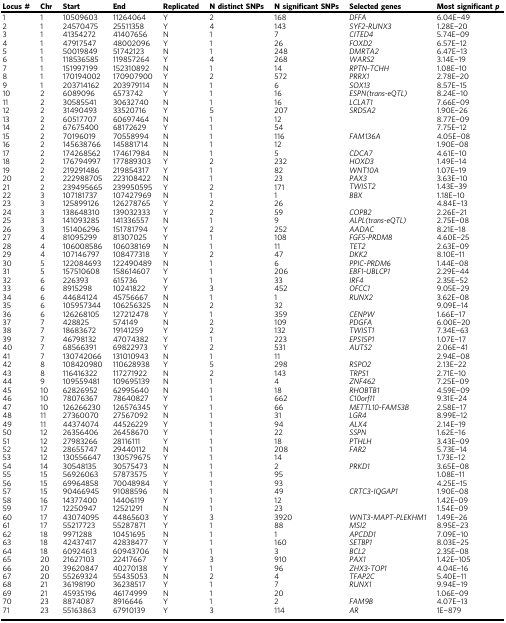
<table><thead><tr><td><b>Locus #</b></td><td><b>Chr</b></td><td><b>Start</b></td><td><b>End</b></td><td><b>Replicated</b></td><td><b>N distinct SNPs</b></td><td><b>N significant SNPs</b></td><td><b>Selected genes</b></td><td><b>Most significant <i>p</i></b></td></tr></thead><tbody><tr><td>1</td><td>1</td><td>10509603</td><td>11264064</td><td>Y</td><td>2</td><td>168</td><td><i>DFFA</i></td><td>6.04E−49</td></tr><tr><td>2</td><td>1</td><td>24570475</td><td>25511358</td><td>Y</td><td>4</td><td>143</td><td><i>SYF2-RUNX3</i></td><td>1.28E−20</td></tr><tr><td>3</td><td>1</td><td>41354272</td><td>41407656</td><td>N</td><td>1</td><td>7</td><td><i>CITED4</i></td><td>5.74E−09</td></tr><tr><td>4</td><td>1</td><td>47917547</td><td>48002096</td><td>Y</td><td>1</td><td>26</td><td><i>FOXD2</i></td><td>6.57E−12</td></tr><tr><td>5</td><td>1</td><td>50019849</td><td>51742123</td><td>N</td><td>1</td><td>248</td><td><i>DMRTA2</i></td><td>6.47E−13</td></tr><tr><td>6</td><td>1</td><td>118536585</td><td>119857264</td><td>Y</td><td>4</td><td>268</td><td><i>WARS2</i></td><td>3.14E−19</td></tr><tr><td>7</td><td>1</td><td>151997199</td><td>152310892</td><td>N</td><td>1</td><td>14</td><td><i>RPTN-TCHH</i></td><td>1.08E−10</td></tr><tr><td>8</td><td>1</td><td>170194002</td><td>170907900</td><td>Y</td><td>2</td><td>572</td><td><i>PRRX1</i></td><td>2.78E−20</td></tr><tr><td>9</td><td>1</td><td>203714162</td><td>203979114</td><td>N</td><td>1</td><td>6</td><td><i>SOX13</i></td><td>8.57E−15</td></tr><tr><td>10</td><td>2</td><td>6089096</td><td>6573742</td><td>Y</td><td>1</td><td>16</td><td><i>ESPN(trans-eQTL)</i></td><td>8.24E−10</td></tr><tr><td>11</td><td>2</td><td>30585541</td><td>30632740</td><td>N</td><td>1</td><td>16</td><td><i>LCLAT1</i></td><td>7.66E−09</td></tr><tr><td>12</td><td>2</td><td>31490493</td><td>33520716</td><td>Y</td><td>5</td><td>207</td><td><i>SRD5A2</i></td><td>1.90E−26</td></tr><tr><td>13</td><td>2</td><td>60517707</td><td>60697464</td><td>N</td><td>1</td><td>12</td><td></td><td>8.77E−09</td></tr><tr><td>14</td><td>2</td><td>67675400</td><td>68172629</td><td>Y</td><td>1</td><td>54</td><td></td><td>7.75E−12</td></tr><tr><td>15</td><td>2</td><td>70196019</td><td>70558994</td><td>N</td><td>1</td><td>116</td><td><i>FAM136A</i></td><td>4.05E−08</td></tr><tr><td>16</td><td>2</td><td>145638766</td><td>145881714</td><td>N</td><td>1</td><td>12</td><td></td><td>1.90E−08</td></tr><tr><td>17</td><td>2</td><td>174268562</td><td>174617984</td><td>N</td><td>1</td><td>5</td><td><i>CDCA7</i></td><td>4.61E−10</td></tr><tr><td>18</td><td>2</td><td>176794997</td><td>177889303</td><td>Y</td><td>2</td><td>232</td><td><i>HOXD3</i></td><td>1.49E−14</td></tr><tr><td>19</td><td>2</td><td>219291486</td><td>219854317</td><td>Y</td><td>1</td><td>82</td><td><i>WNT10A</i></td><td>1.07E−19</td></tr><tr><td>20</td><td>2</td><td>222988705</td><td>223108422</td><td>N</td><td>1</td><td>23</td><td><i>PAX3</i></td><td>3.63E−10</td></tr><tr><td>21</td><td>2</td><td>239495665</td><td>239950595</td><td>Y</td><td>2</td><td>171</td><td><i>TWIST2</i></td><td>1.43E−39</td></tr><tr><td>22</td><td>3</td><td>107181737</td><td>107427969</td><td>N</td><td>1</td><td>1</td><td><i>BBX</i></td><td>1.18E−10</td></tr><tr><td>23</td><td>3</td><td>125899126</td><td>126278765</td><td>Y</td><td>2</td><td>26</td><td></td><td>4.84E−13</td></tr><tr><td>24</td><td>3</td><td>138648310</td><td>139032333</td><td>Y</td><td>2</td><td>59</td><td><i>COPB2</i></td><td>2.26E−21</td></tr><tr><td>25</td><td>3</td><td>141093285</td><td>141336557</td><td>N</td><td>1</td><td>9</td><td><i>ALPL(trans-eQTL)</i></td><td>2.75E−08</td></tr><tr><td>26</td><td>3</td><td>151406296</td><td>151781794</td><td>Y</td><td>2</td><td>252</td><td><i>AADAC</i></td><td>8.21E−18</td></tr><tr><td>27</td><td>4</td><td>81095299</td><td>81307025</td><td>Y</td><td>1</td><td>108</td><td><i>FGF5-PRDM8</i></td><td>4.60E−25</td></tr><tr><td>28</td><td>4</td><td>106008586</td><td>106038169</td><td>N</td><td>1</td><td>11</td><td><i>TET2</i></td><td>2.63E−09</td></tr><tr><td>29</td><td>4</td><td>107146797</td><td>108477318</td><td>Y</td><td>2</td><td>47</td><td><i>DKK2</i></td><td>8.10E−11</td></tr><tr><td>30</td><td>5</td><td>122084693</td><td>122490489</td><td>N</td><td>1</td><td>6</td><td><i>PPIC-PRDM6</i></td><td>1.44E−08</td></tr><tr><td>31</td><td>5</td><td>157510608</td><td>158614607</td><td>Y</td><td>1</td><td>206</td><td><i>EBF1-UBLCP1</i></td><td>2.29E−44</td></tr><tr><td>32</td><td>6</td><td>226393</td><td>615736</td><td>Y</td><td>1</td><td>33</td><td><i>IRF4</i></td><td>2.35E−52</td></tr><tr><td>33</td><td>6</td><td>8915298</td><td>10241822</td><td>Y</td><td>3</td><td>452</td><td><i>OFCC1</i></td><td>9.05E−29</td></tr><tr><td>34</td><td>6</td><td>44684124</td><td>45756667</td><td>N</td><td>1</td><td>1</td><td><i>RUNX2</i></td><td>3.62E−08</td></tr><tr><td>35</td><td>6</td><td>105957344</td><td>106256325</td><td>N</td><td>2</td><td>32</td><td></td><td>9.09E−14</td></tr><tr><td>36</td><td>6</td><td>126268105</td><td>127212478</td><td>Y</td><td>1</td><td>359</td><td><i>CENPW</i></td><td>1.66E−17</td></tr><tr><td>37</td><td>7</td><td>428825</td><td>574149</td><td>N</td><td>2</td><td>109</td><td><i>PDGFA</i></td><td>6.00E−20</td></tr><tr><td>38</td><td>7</td><td>18683672</td><td>19141259</td><td>Y</td><td>2</td><td>132</td><td><i>TWIST1</i></td><td>7.34E−63</td></tr><tr><td>39</td><td>7</td><td>46798132</td><td>47074382</td><td>Y</td><td>1</td><td>223</td><td><i>EPS15P1</i></td><td>1.07E−17</td></tr><tr><td>40</td><td>7</td><td>68566391</td><td>69822973</td><td>Y</td><td>2</td><td>531</td><td><i>AUTS2</i></td><td>2.06E−41</td></tr><tr><td>41</td><td>7</td><td>130742066</td><td>131010943</td><td>N</td><td>1</td><td>11</td><td></td><td>2.94E−08</td></tr><tr><td>42</td><td>8</td><td>108420980</td><td>110628938</td><td>Y</td><td>5</td><td>298</td><td><i>RSPO2</i></td><td>2.13E−22</td></tr><tr><td>43</td><td>8</td><td>116416322</td><td>117271922</td><td>N</td><td>2</td><td>143</td><td><i>TRPS1</i></td><td>2.71E−10</td></tr><tr><td>44</td><td>9</td><td>109559481</td><td>109695139</td><td>N</td><td>1</td><td>4</td><td><i>ZNF462</i></td><td>7.25E−09</td></tr><tr><td>45</td><td>10</td><td>62826952</td><td>62995640</td><td>N</td><td>1</td><td>18</td><td><i>RHOBTB1</i></td><td>4.59E−09</td></tr><tr><td>46</td><td>10</td><td>78076367</td><td>78640827</td><td>Y</td><td>1</td><td>662</td><td><i>C10orf11</i></td><td>9.31E−24</td></tr><tr><td>47</td><td>10</td><td>126266230</td><td>126576345</td><td>Y</td><td>1</td><td>66</td><td><i>METTL10-FAM53B</i></td><td>2.58E−17</td></tr><tr><td>48</td><td>11</td><td>27360070</td><td>27567092</td><td>N</td><td>1</td><td>31</td><td><i>LGR4</i></td><td>8.99E−12</td></tr><tr><td>49</td><td>11</td><td>44374074</td><td>44526229</td><td>Y</td><td>1</td><td>94</td><td><i>ALX4</i></td><td>2.14E−19</td></tr><tr><td>50</td><td>12</td><td>26356406</td><td>26458670</td><td>Y</td><td>1</td><td>22</td><td><i>SSPN</i></td><td>1.62E−16</td></tr><tr><td>51</td><td>12</td><td>27983266</td><td>28116111</td><td>Y</td><td>1</td><td>18</td><td><i>PTHLH</i></td><td>3.43E−09</td></tr><tr><td>52</td><td>12</td><td>28655747</td><td>29440112</td><td>N</td><td>1</td><td>208</td><td><i>FAR2</i></td><td>5.73E−14</td></tr><tr><td>53</td><td>12</td><td>130556647</td><td>130579675</td><td>Y</td><td>1</td><td>14</td><td></td><td>1.73E−12</td></tr><tr><td>54</td><td>14</td><td>30548135</td><td>30575473</td><td>N</td><td>1</td><td>2</td><td><i>PRKD1</i></td><td>3.65E−08</td></tr><tr><td>55</td><td>15</td><td>56926063</td><td>57873575</td><td>Y</td><td>1</td><td>95</td><td></td><td>1.08E−11</td></tr><tr><td>56</td><td>15</td><td>69964858</td><td>70048984</td><td>Y</td><td>1</td><td>93</td><td></td><td>4.25E−15</td></tr><tr><td>57</td><td>15</td><td>90466945</td><td>91088596</td><td>N</td><td>1</td><td>49</td><td><i>CRTC3-IQGAP1</i></td><td>1.90E−08</td></tr><tr><td>58</td><td>16</td><td>14377400</td><td>14406119</td><td>Y</td><td>1</td><td>12</td><td></td><td>1.42E−09</td></tr><tr><td>59</td><td>17</td><td>12250947</td><td>12521291</td><td>N</td><td>1</td><td>23</td><td></td><td>1.54E−09</td></tr><tr><td>60</td><td>17</td><td>43074095</td><td>44865603</td><td>Y</td><td>3</td><td>3920</td><td><i>WNT3-MAPT-PLEKHM1</i></td><td>1.49E−26</td></tr><tr><td>61</td><td>17</td><td>55217723</td><td>55287871</td><td>Y</td><td>1</td><td>88</td><td><i>MSI2</i></td><td>8.95E−23</td></tr><tr><td>62</td><td>18</td><td>9971288</td><td>10451695</td><td>N</td><td>1</td><td>1</td><td><i>APCDD1</i></td><td>7.09E−10</td></tr><tr><td>63</td><td>18</td><td>42437417</td><td>42838477</td><td>Y</td><td>1</td><td>160</td><td><i>SETBP1</i></td><td>8.03E−25</td></tr><tr><td>64</td><td>18</td><td>60924613</td><td>60943706</td><td>N</td><td>1</td><td>3</td><td><i>BCL2</i></td><td>2.35E−08</td></tr><tr><td>65</td><td>20</td><td>21627103</td><td>22417667</td><td>Y</td><td>3</td><td>910</td><td><i>PAX1</i></td><td>1.42E−105</td></tr><tr><td>66</td><td>20</td><td>39620847</td><td>40270138</td><td>Y</td><td>1</td><td>96</td><td><i>ZHX3-TOP1</i></td><td>4.04E−16</td></tr><tr><td>67</td><td>20</td><td>55269324</td><td>55435053</td><td>N</td><td>2</td><td>4</td><td><i>TFAP2C</i></td><td>5.40E−11</td></tr><tr><td>68</td><td>21</td><td>36198190</td><td>36238517</td><td>Y</td><td>1</td><td>7</td><td><i>RUNX1</i></td><td>9.94E−19</td></tr><tr><td>69</td><td>21</td><td>45935196</td><td>46174999</td><td>N</td><td>1</td><td>20</td><td></td><td>1.06E−09</td></tr><tr><td>70</td><td>23</td><td>8874087</td><td>8916646</td><td>Y</td><td>1</td><td>2</td><td><i>FAM9B</i></td><td>4.07E−13</td></tr><tr><td>71</td><td>23</td><td>55163863</td><td>67910139</td><td>Y</td><td>3</td><td>114</td><td><i>AR</i></td><td>1E−879</td></tr></tbody></table>